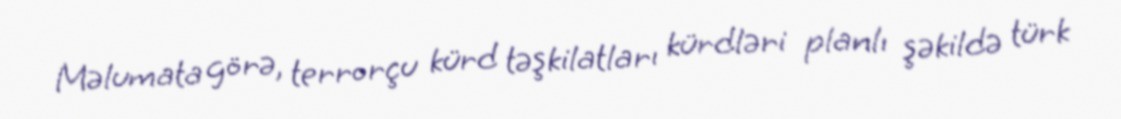
Məlumata görə, terrorçu kürd təşkilatları kürdləri planlı şəkildə türk